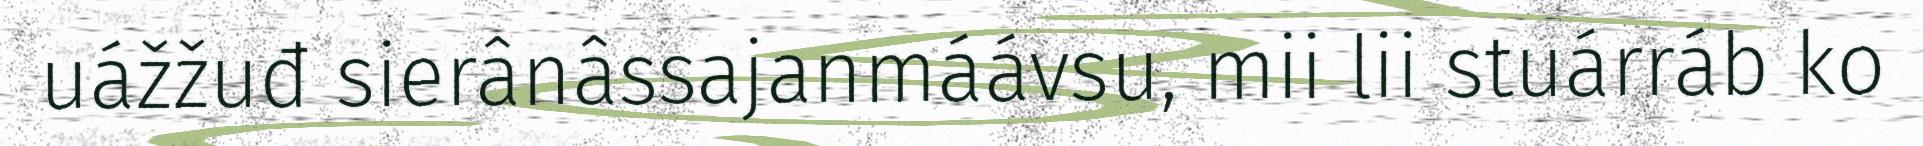
uážžuđ sierânâssajanmáávsu, mii lii stuárráb ko